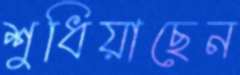
শুধিয়াছেন